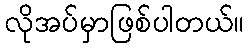
လိုအပ်မှာဖြစ်ပါတယ်။